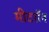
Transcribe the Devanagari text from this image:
मीटरॉन